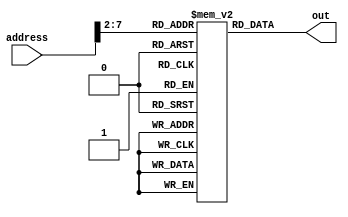
module ROM(address, out);
    input [31:0] address;
    output [31:0] out;

    reg [31:0] mem [63:0];

    assign out = mem[address[31:2]];
    
    integer i;
    initial begin
        for(i = 0; i < 64; i = i + 1)
            mem[i] = 32'h00000000;
        
        mem[0] = 32'b00000000000000000000000100010011;
        mem[1] = 32'b00000000000000000000000110010011;
        mem[2] = 32'b00000110010000000000000010010011;
        mem[3] = 32'b00000000000100010000000100010011;
        mem[4] = 32'b00000000001000011000000110110011;
        mem[5] = 32'b11111110000100010001110011100011;
        mem[6] = 32'b00000000000000000000001001101111;
    end
endmodule